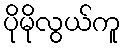
ပိုမိုလွယ်ကူ